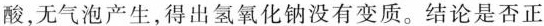
酸，无气泡产生，得出氢氧化钠没有变质。结论是否正